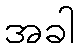
အခါ